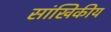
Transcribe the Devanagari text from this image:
सांखिकीय